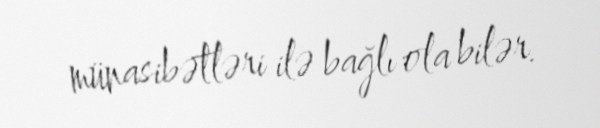
münasibətləri ilə bağlı ola bilər.